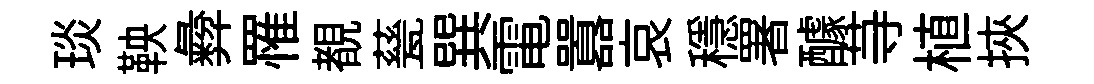
琰鞅彜罹覩甆巽電囂哀穩署醵䒭植挾